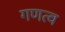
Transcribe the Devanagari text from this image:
गणत्व